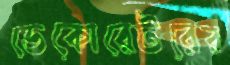
ডেকোরেটরের